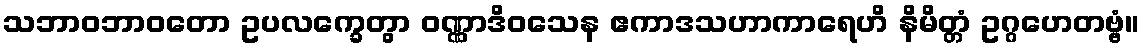
သဘာဝဘာဝတော ဥပလက္ခေတွာ ဝဏ္ဏာဒိဝသေန ဧကာဒသဟာကာရေဟိ နိမိတ္တံ ဥဂ္ဂဟေတဗ္ဗံ။